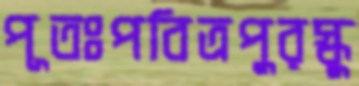
পূতঃপবিত্রপুরস্কু